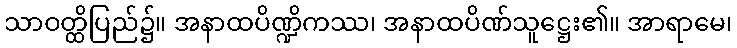
သာဝတ္ထိပြည်၌။ အနာထပိဏ္ဍိကဿ၊ အနာထပိဏ်သူဋ္ဌေး၏။ အာရာမေ၊